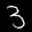
Label: 3